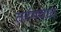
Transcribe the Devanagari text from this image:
तरंगवाद